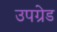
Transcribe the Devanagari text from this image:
उपग्रेड